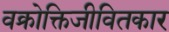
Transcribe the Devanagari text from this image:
वक्रोक्तिजीवितकार